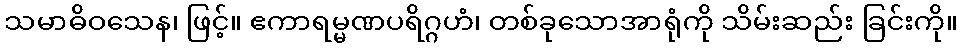
သမာဓိဝသေန၊ ဖြင့်။ ဧကာရမ္မဏပရိဂ္ဂဟံ၊ တစ်ခုသောအာရုံကို သိမ်းဆည်း ခြင်းကို။